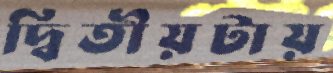
দ্বিতীয়টায়